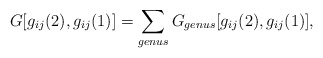
\begin{align*}G[g_{ij} (2), g_{ij} (1)] = \sum_{genus} G_{genus}[g_{ij} (2), g_{ij} (1)],\end{align*}